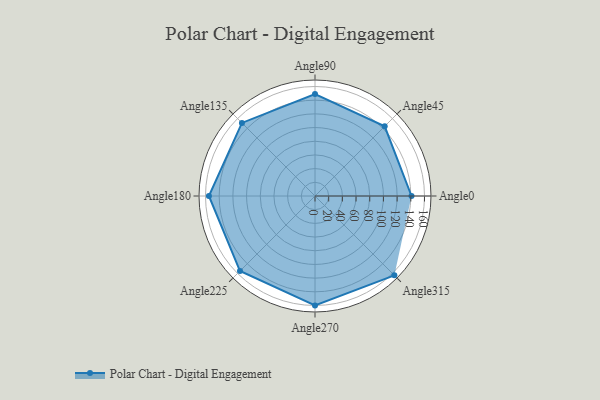
{"axis": {"x": "Angle", "y": "Radius"}, "legend": [""], "data": [{"x": "Angle0", "y": 141.0, "type": ""}, {"x": "Angle45", "y": 144.0, "type": ""}, {"x": "Angle90", "y": 149.0, "type": ""}, {"x": "Angle135", "y": 151.0, "type": ""}, {"x": "Angle180", "y": 155.0, "type": ""}, {"x": "Angle225", "y": 155.0, "type": ""}, {"x": "Angle270", "y": 160.0, "type": ""}, {"x": "Angle315", "y": 164.0, "type": ""}]}